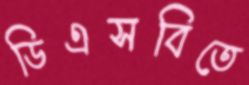
ডিএসবিতে